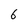
Character: 6